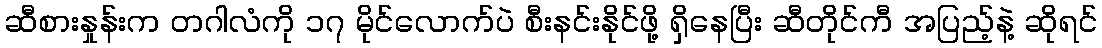
ဆီစားနှုန်းက တဂါလံကို ၁၇ မိုင်လောက်ပဲ စီးနင်းနိုင်ဖို့ ရှိနေပြီး ဆီတိုင်ကီ အပြည့်နဲ့ ဆိုရင်